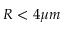
R < 4 \mu m